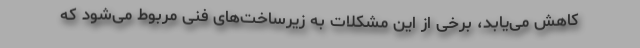
کاهش می‌یابد، برخی از این مشکلات به زیرساخت‌های فنی مربوط می‌شود که